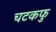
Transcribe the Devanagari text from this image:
चटकफु